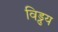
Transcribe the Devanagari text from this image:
विड्ढय